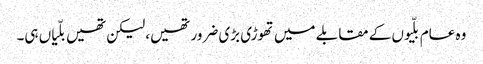
وہ عام بلّیوں کے مقابلے میں تھوڑی بڑی ضرور تھیں، لیکن تھیں بلّیاں ہی۔